Report on sanitation, dispensaries, and jails in Rajputana for 1921, and on vaccination for the year 1921-1922 - 1921-1922
Year: 1921
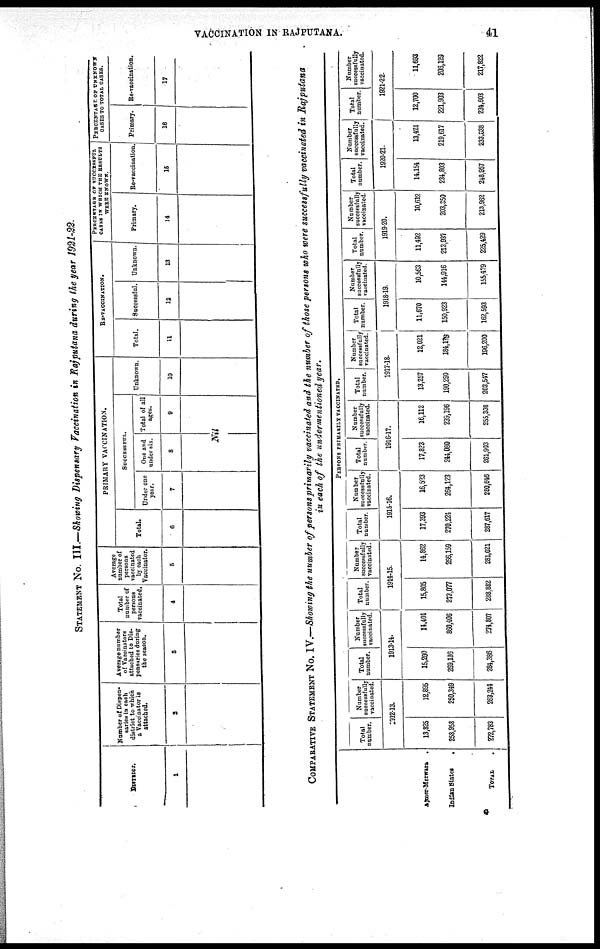
VACCINATION IN RAJPUTANA.
41
STATEMENT No. III.—Showing Dispensary Vaccination in Rajputana during the year 1921-22.
DISTRICT.
1
Number of Dispen-
saries in each
district to which
a Vaccinator is
attached.
2
Average number
of Vaccinators
attached to Dis-
pensaries during
the season.
3
Total
number of
persons
vaccinated.
4
Average
number of
persons
vaccinated
by each
Vaccinator.
5
PRIMARY VACCINATION.
Total.
6
SUCCESSFUL.
Under one
year.
7
One and
under six.
8
Total of all
ages.
9
Nil
Unknown.
10
RE-VACCINATION.
Total.
11
Successful.
12
Unknown.
13
PERCENTAGE OF SUCCESSFUL
CASES IN WHICH THE RESULTS
WERE KNOWN.
Primary.
14
Re-vaccination
15
PERCENTAGE OF UNKNOWN
CASES TO TOTAL CASES.
Primary.
16
Re-vaccination.
17
COMPARATIVE STATEMENT No. IV.—Showing the number of persons primarily vaccinated and the number of those persons who were successfully vaccinated in Rajputana
in each of the undermentioned year.
Ajmer-Merwara.
Indian States.
TOTAL.
PERSONS PRIMARILY VACCINATED.
Total
number.
Number
successfully
vaccinated.
1912-13.
13,825
258,958
272,783
12,895
250,349
263,244
Total
number.
Number
successfully
vaccinated.
1913-14.
15,200
269,186
284,386
14,401
860,406
274,807
Total
number.
Number
successfully
vaccinated.
1914-15.
15,805
273,077
288,882
14,862
266,159
281,021
Total
number.
Number
successfully
vaccinated.
1915-16.
17,393
270,224
287,617
16,523
264,123
280,646
Total
number.
Number
successfully
vaccinated.
1916-17.
17,823
244,080
261,903
16,112
239,196
255,308
Total
number.
Number
successfully
vaccinated.
1917-18.
13,257
190,290
203,547
12,021
184,179
196,200
Total
number.
Number
successfully
vaccinated.
1918-19.
11,670
150,923
162,593
10,563
144,916
155,479
Total
number.
Number
successfully
vaccinated.
1919-20.
11,492
213,937
225,429
10,612
203,350
213,962
Total
number.
Number
successfully
vaccinated.
1920-21.
14,154
234,803
248,957
13,421
219,617
233,038
Total
number.
Number
successfully
vaccinated.
1921-22.
12,700
221,903
234,603
11,693
206,129
217,822